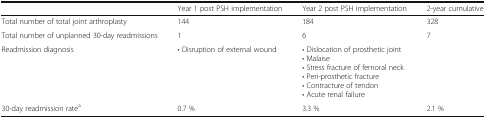
|  | Year 1 post PSH implementation | Year 2 post PSH implementation | 2-year cumulative |
 | --- | --- | --- | --- |
 | Total number of total joint arthroplasty | 144 | 184 | 328 |
 | Total number of unplanned 30-day readmissions | 1 | 6 | 7 |
 | Readmission diagnosis | • Disruption of external wound | • Dislocation of prosthetic joint• Malaise• Stress fracture of femoral neck• Peri-prosthetic fracture• Contracture of tendon• Acute renal failure |  |
 | 30-day readmission ratea | 0.7 % | 3.3 % | 2.1 % |